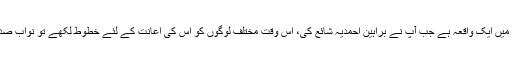
پھر حضرت مسیح موعود علیہ الصلوٰۃ والسلام کی زندگی میں ایک واقعہ ہے جب آپؑ نے براہین احمدیہ شائع کی، اس وقت مختلف لوگوں کو اس کی اعانت کے لئے خطوط لکھے تو نواب صدیق حسن خان صاحب جو بڑے عالم تھے اُن کو بھی لکھا۔